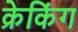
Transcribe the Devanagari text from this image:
क्रेकिंग